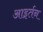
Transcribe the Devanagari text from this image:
आइर्तन